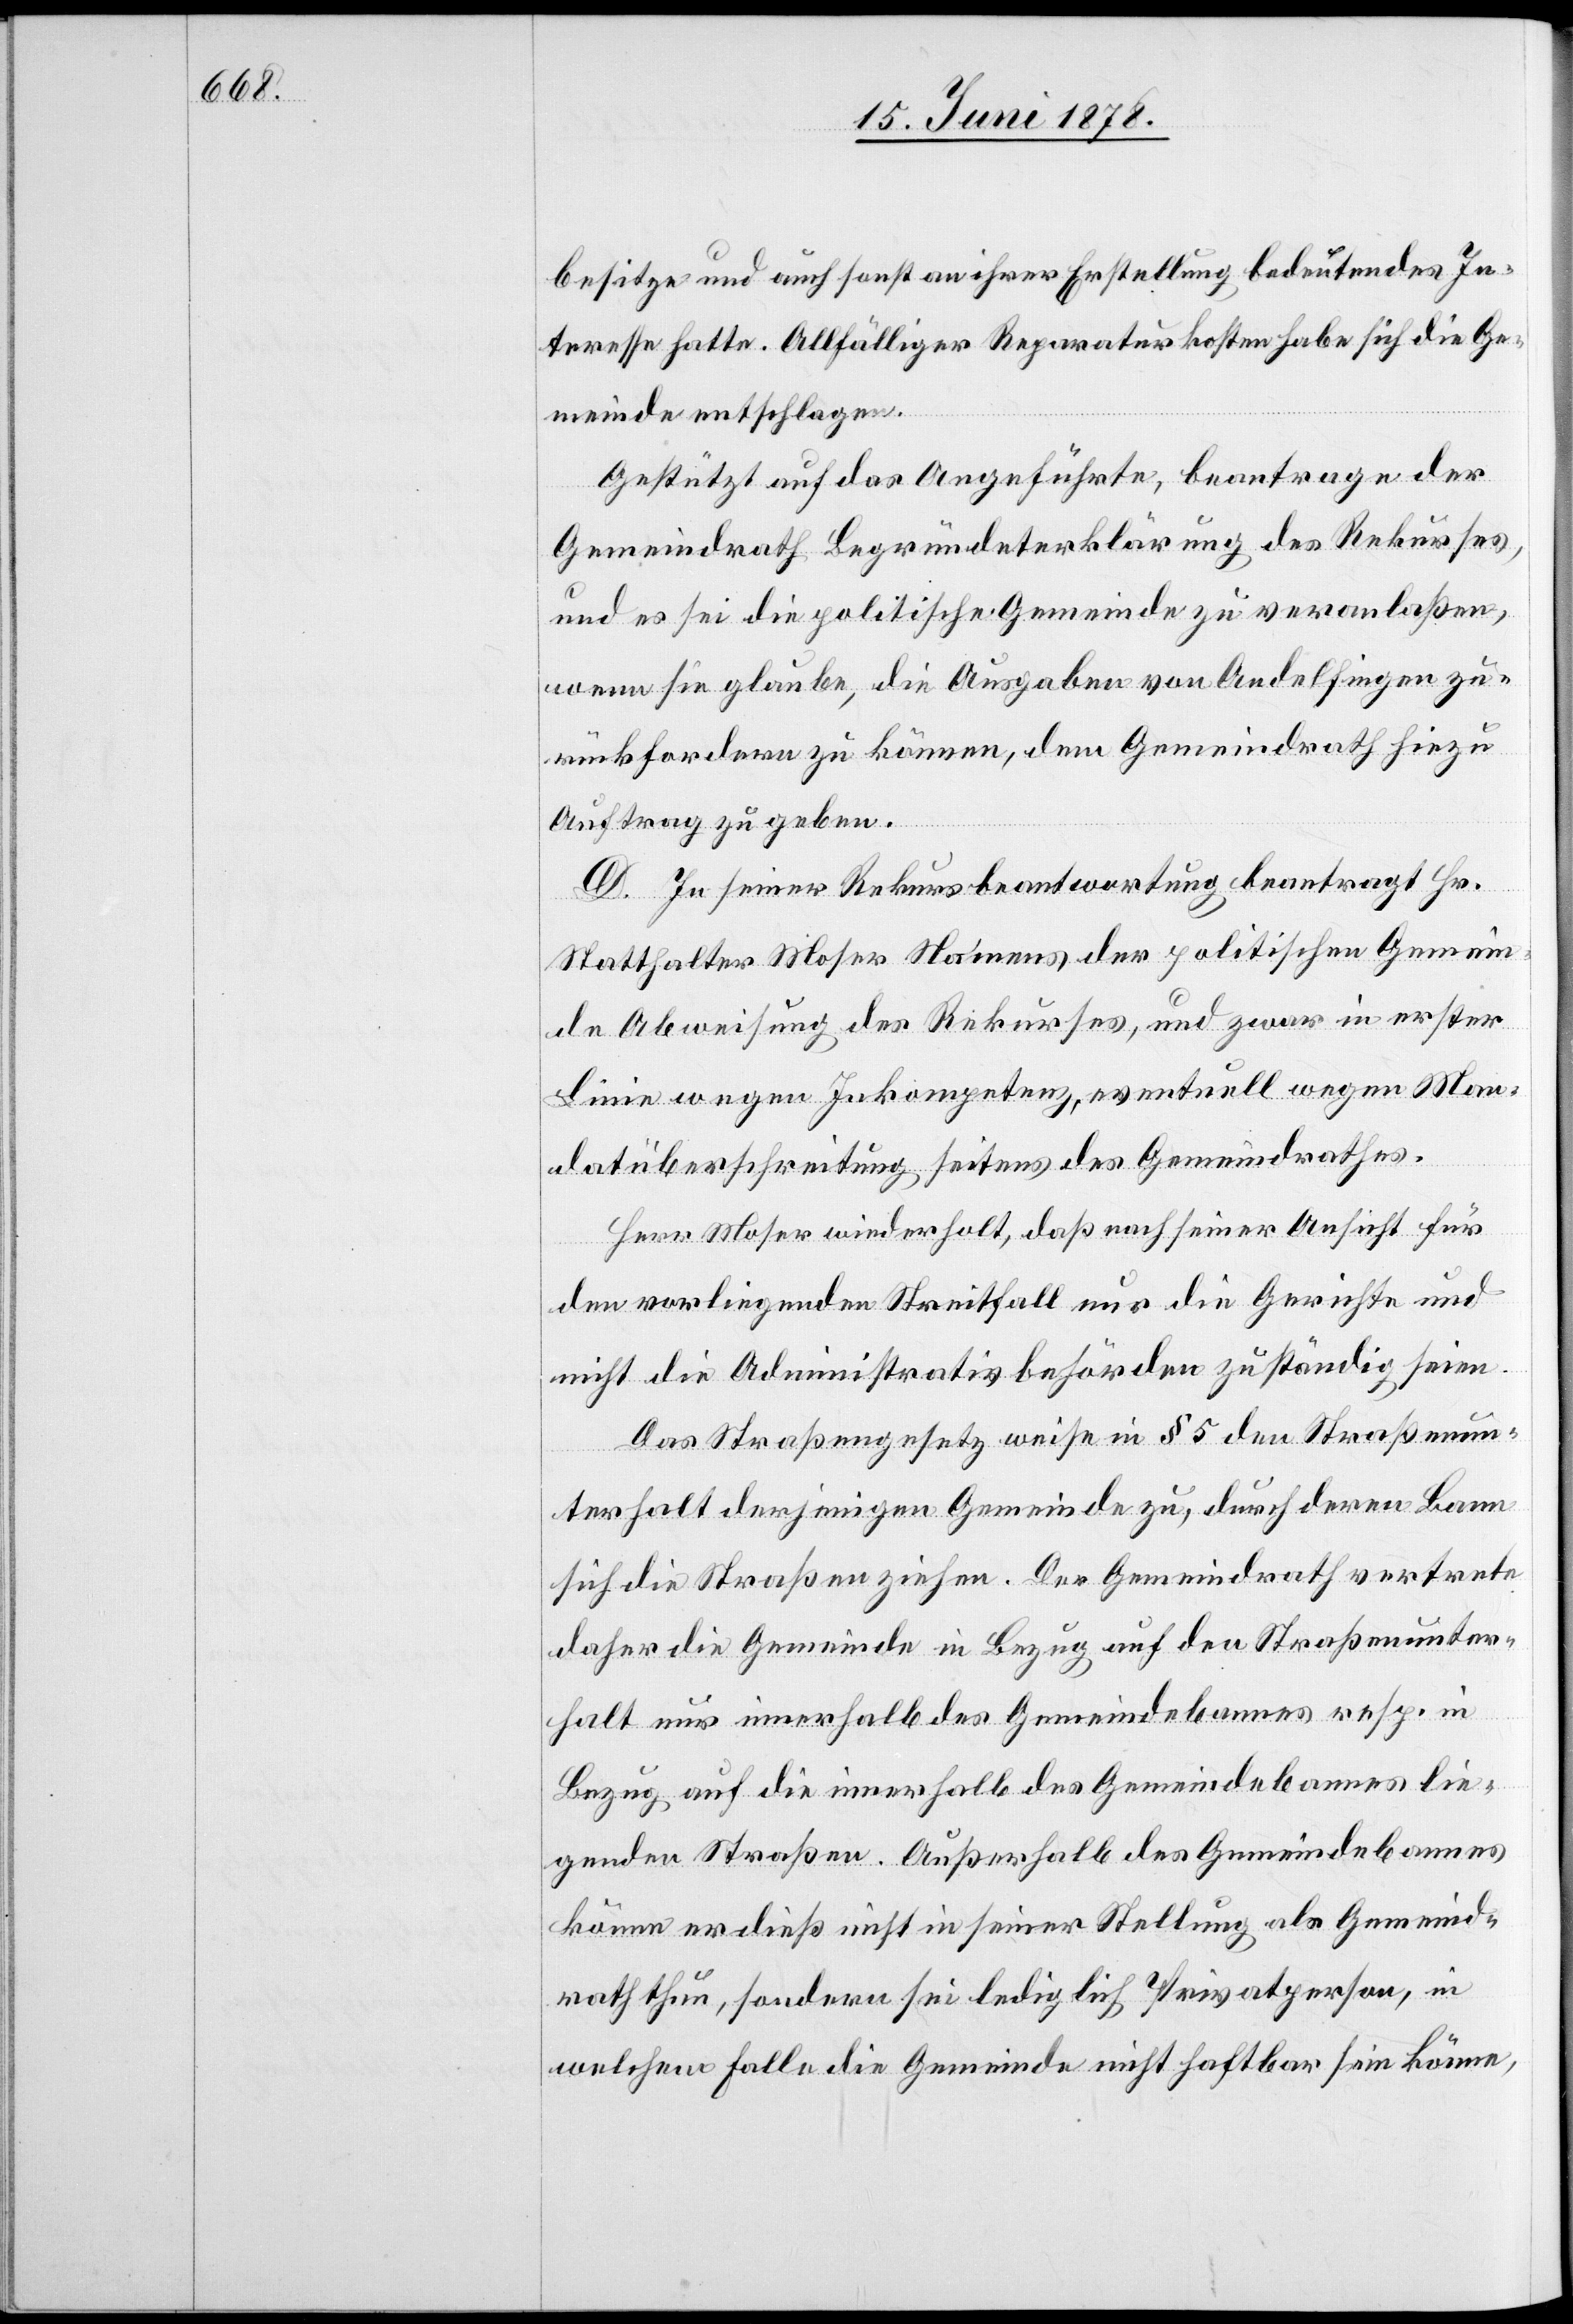
besitze und auch sonst an ihrer Erstellung bedeutendes In¬
teresse hatte. Allfälliger Reparaturkosten habe sich die Ge¬
meinde entschlagen.
Gestützt auf das Angeführte, beantrage der
Gemeindrath Begründeterklärung des Rekurses,
und es sei die politische Gemeinde zu veranlaßen,
wenn sie glaube, die Ausgaben von Andelfingen zu¬
rückfordern zu können, dem Gemeindrath hiezu
Auftrag zu geben.
D. In seiner Rekursbeantwortung beantragt Hr.
Statthalter Moser Namens der politischen Gemein¬
de Abweisung des Rekurses, und zwar in erster
Linie wegen Inkompetenz, eventuell wegen Man¬
datüberschreitung seitens des Gemeindrathes.
Herr Moser wiederholt, daß nach seiner Ansicht für
den vorliegenden Streitfall nur die Gerichte und
nicht die Administrativbehörden zuständig seien.
Das Straßengesetz weise in § 5 den Straßenun¬
terhalt derjenigen Gemeinde zu, durch deren Bann
sich die Straßen ziehen. Der Gemeindrath vertrete
daher die Gemeinde in Bezug auf den Straßenunter¬
halt nur innerhalb des Gemeindebannes resp. in
Bezug auf die innerhalb des Gemeindebannes lie¬
genden Straßen. Außerhalb des Gemeindebannes
könne er dieß nicht in seiner Stellung als Gemeind¬
rath thun, sondern sei lediglich Privatperson, in
welchem Falle die Gemeinde nicht haftbar sein könne,